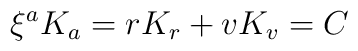
\xi^a K_{a} = r K_r + v K_v = C